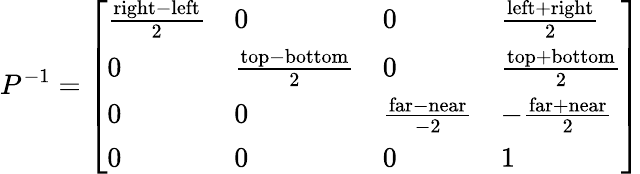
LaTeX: P^{-1}={\left[\begin{array}{llll}{{\frac{{\mathrm{right}}-{\mathrm{left}}}{2}}}&{0}&{0}&{{\frac{{\mathrm{left}}+{\mathrm{right}}}{2}}}\\ {0}&{{\frac{{\mathrm{top}}-{\mathrm{bottom}}}{2}}}&{0}&{{\frac{{\mathrm{top}}+{\mathrm{bottom}}}{2}}}\\ {0}&{0}&{{\frac{{\mathrm{far}}-{\mathrm{near}}}{-2}}}&{-{\frac{{\mathrm{far}}+{\mathrm{near}}}{2}}}\\ {0}&{0}&{0}&{1}\end{array}\right]}